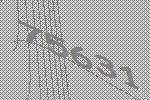
75631